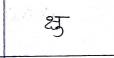
मजकूर: क्षु